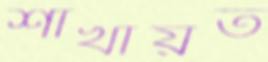
শাখায়ত